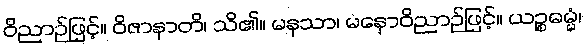
ဝိညာဉ်ဖြင့်။ ဝိဇာနာတိ၊ သိ၏။ မနသာ၊ မနောဝိညာဉ်ဖြင့်။ ယဉ္စဓမ္မံ၊